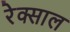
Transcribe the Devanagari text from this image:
रेक्साल